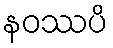
နဝဿပိ